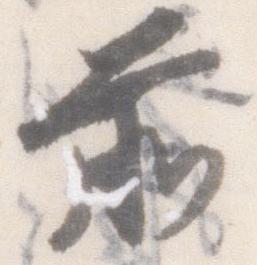
前